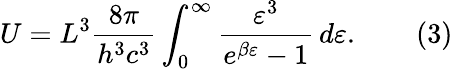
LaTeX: U=L^{3}{\frac{8\pi}{h^{3}c^{3}}}\int_{0}^{\infty}{\frac{\varepsilon^{3}}{e^{\beta\varepsilon}-1}}\, d\varepsilon.\qquad{\mathrm{(3)}}